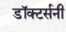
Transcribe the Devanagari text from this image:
डॉक्टर्सनी